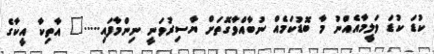
ކުޑަ ކުޑަ ވަލީމާއެއްނު މާ ބޮޑުކަމެއް ނުބާއްވާގޮތަށް ޔާސިރުވަނީ ނިންމާފައި....." އާތިކާ އީކާގެ